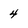
Character: 4